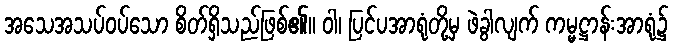
အသေအသပ်ဝပ်သော စိတ်ရှိသည်ဖြစ်၏။ ဝါ၊ ပြင်ပအာရုံတို့မှ ဖဲခွါလျက် ကမ္မဋ္ဌာန်းအာရုံ၌